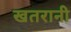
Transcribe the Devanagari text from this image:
खतरानी